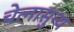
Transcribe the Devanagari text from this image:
चेत्नासुन्य